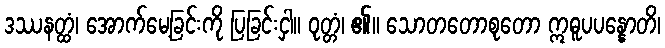
ဒဿနတ္ထံ၊ အောက်မေ့ခြင်းကို ပြခြင်းငှါ။ ဝုတ္တံ၊ ၏။ သောတတောစုတော ဣဓူပပန္နောတိ၊